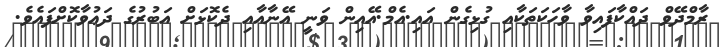
ރާމްދޭވް ދައްކާފައިވާ ވާހަކަތަކާއި ގުޅިގެން އައި.އެމް.އޭއިން ވަނީ އޭނާއާއި ދެކޮޅަށް އަބުރުގެ ދަޢުވާކޮށްފައެވެ.